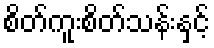
စိတ်ကူးစိတ်သန်းနှင့်